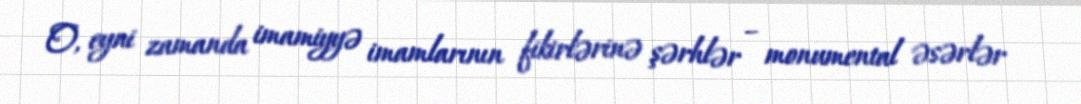
O, eyni zamanda imamiyyə imamlarının fikirlərinə şərhlər – monumental əsərlər